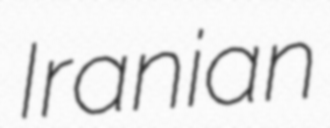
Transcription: Iranian